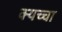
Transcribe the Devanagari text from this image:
क्यच्चा